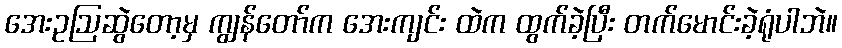
အေးဥဩဆွဲတော့မှ ကျွန်တော်က အေးကျင်း ထဲက ထွက်ခဲ့ပြီး တက်မောင်းခဲ့ရုံပါဘဲ။